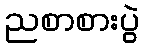
ညစာစားပွဲ